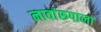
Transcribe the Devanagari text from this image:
नावांरूपाला